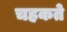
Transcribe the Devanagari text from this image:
चहकते